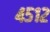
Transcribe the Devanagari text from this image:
४५१२